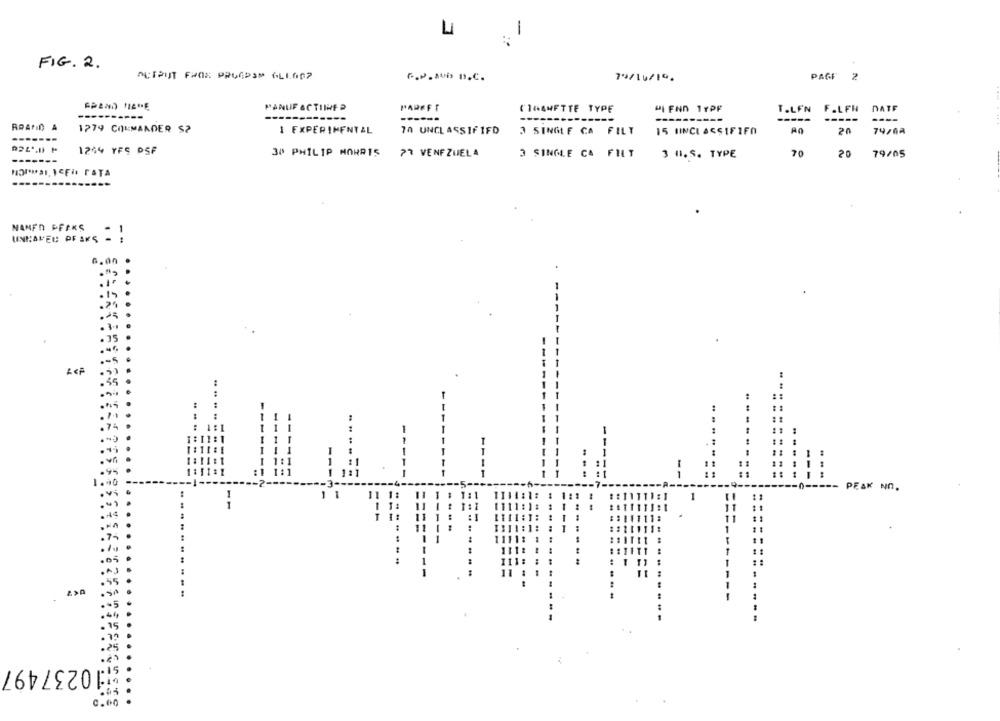
1
FIG. 2.
OUTPUT FROK PRUGDSM ALLOD?
79/16/19.
PAGF 2
MANUF &CTUNER
PARKET
(16AMFTTE TYPE
HI FNO 1YPF
T.LFN
F.LFH
DATE
------
-----------
------
1279 COMMANDER $?
I EXPERIMENTAL
70 UNCLASSIFIED
15 HINCLASSIFIFO
20
74/6a
3 SINGLE CA FILT
1244 YFS PSF
30 PHILIP MORRIS
77 VENEZUELA
3 SINGLE CA FILT
3 H.S. TYPE
70
20
79/05
NAMEN PFAKS
: !
UNHAMED OF ANS
6.00
1
:
1
-
1
----
....
--
--
-
--
5 ---
-----
PEAK NO.
1
1
1:1
1:1
:1
111:
11 #
10237497
0.00